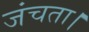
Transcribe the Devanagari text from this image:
जंचता।